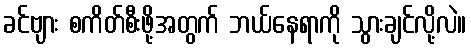
ခင်ဗျား စကိတ်စီးဖို့အတွက် ဘယ်နေရာကို သွားချင်လို့လဲ။